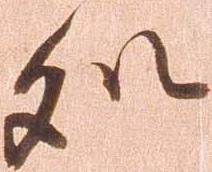
処